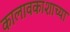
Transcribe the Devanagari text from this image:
कालावकाशाच्या